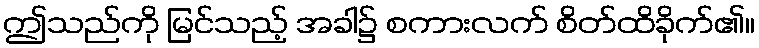
ဤသည်ကို မြင်သည့် အခါ၌ စကားလက် စိတ်ထိခိုက်၏။